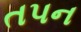
તપન